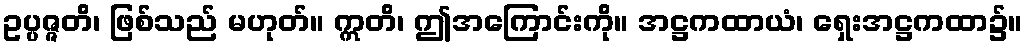
ဥပ္ပဇ္ဇတိ၊ ဖြစ်သည် မဟုတ်။ ဣတိ၊ ဤအကြောင်းကို။ အဋ္ဌကထာယံ၊ ရှေးအဋ္ဌကထာ၌။